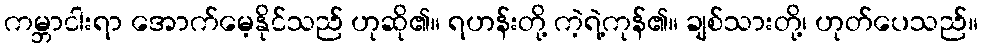
ကမ္ဘာငါးရာ အောက်မေ့နိုင်သည် ဟုဆို၏။ ရဟန်းတို့ ကဲ့ရဲ့ကုန်၏။ ချစ်သားတို့၊ ဟုတ်ပေသည်။